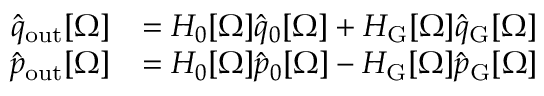
\begin{array} { r l } { \hat { q } _ { \mathrm { o u t } } [ \Omega ] } & { = H _ { 0 } [ \Omega ] \hat { q } _ { 0 } [ \Omega ] + H _ { \mathrm { G } } [ \Omega ] \hat { q } _ { \mathrm { G } } [ \Omega ] } \\ { \hat { p } _ { \mathrm { o u t } } [ \Omega ] } & { = H _ { 0 } [ \Omega ] \hat { p } _ { 0 } [ \Omega ] - H _ { \mathrm { G } } [ \Omega ] \hat { p } _ { \mathrm { G } } [ \Omega ] } \end{array}